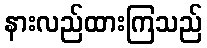
နားလည်ထားကြသည်